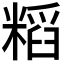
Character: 𮇷